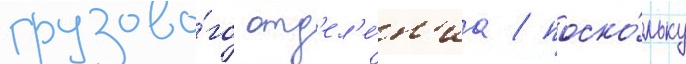
грузово́го отд'ел'е́н'иа / поско́льку